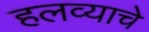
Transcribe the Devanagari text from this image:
हलव्याचे